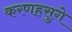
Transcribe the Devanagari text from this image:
करणहसुगे